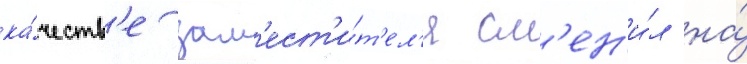
ка́честв'е зам'ест'и́т'ел'я см'ен'и́л на́